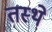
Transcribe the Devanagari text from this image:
तस्थे